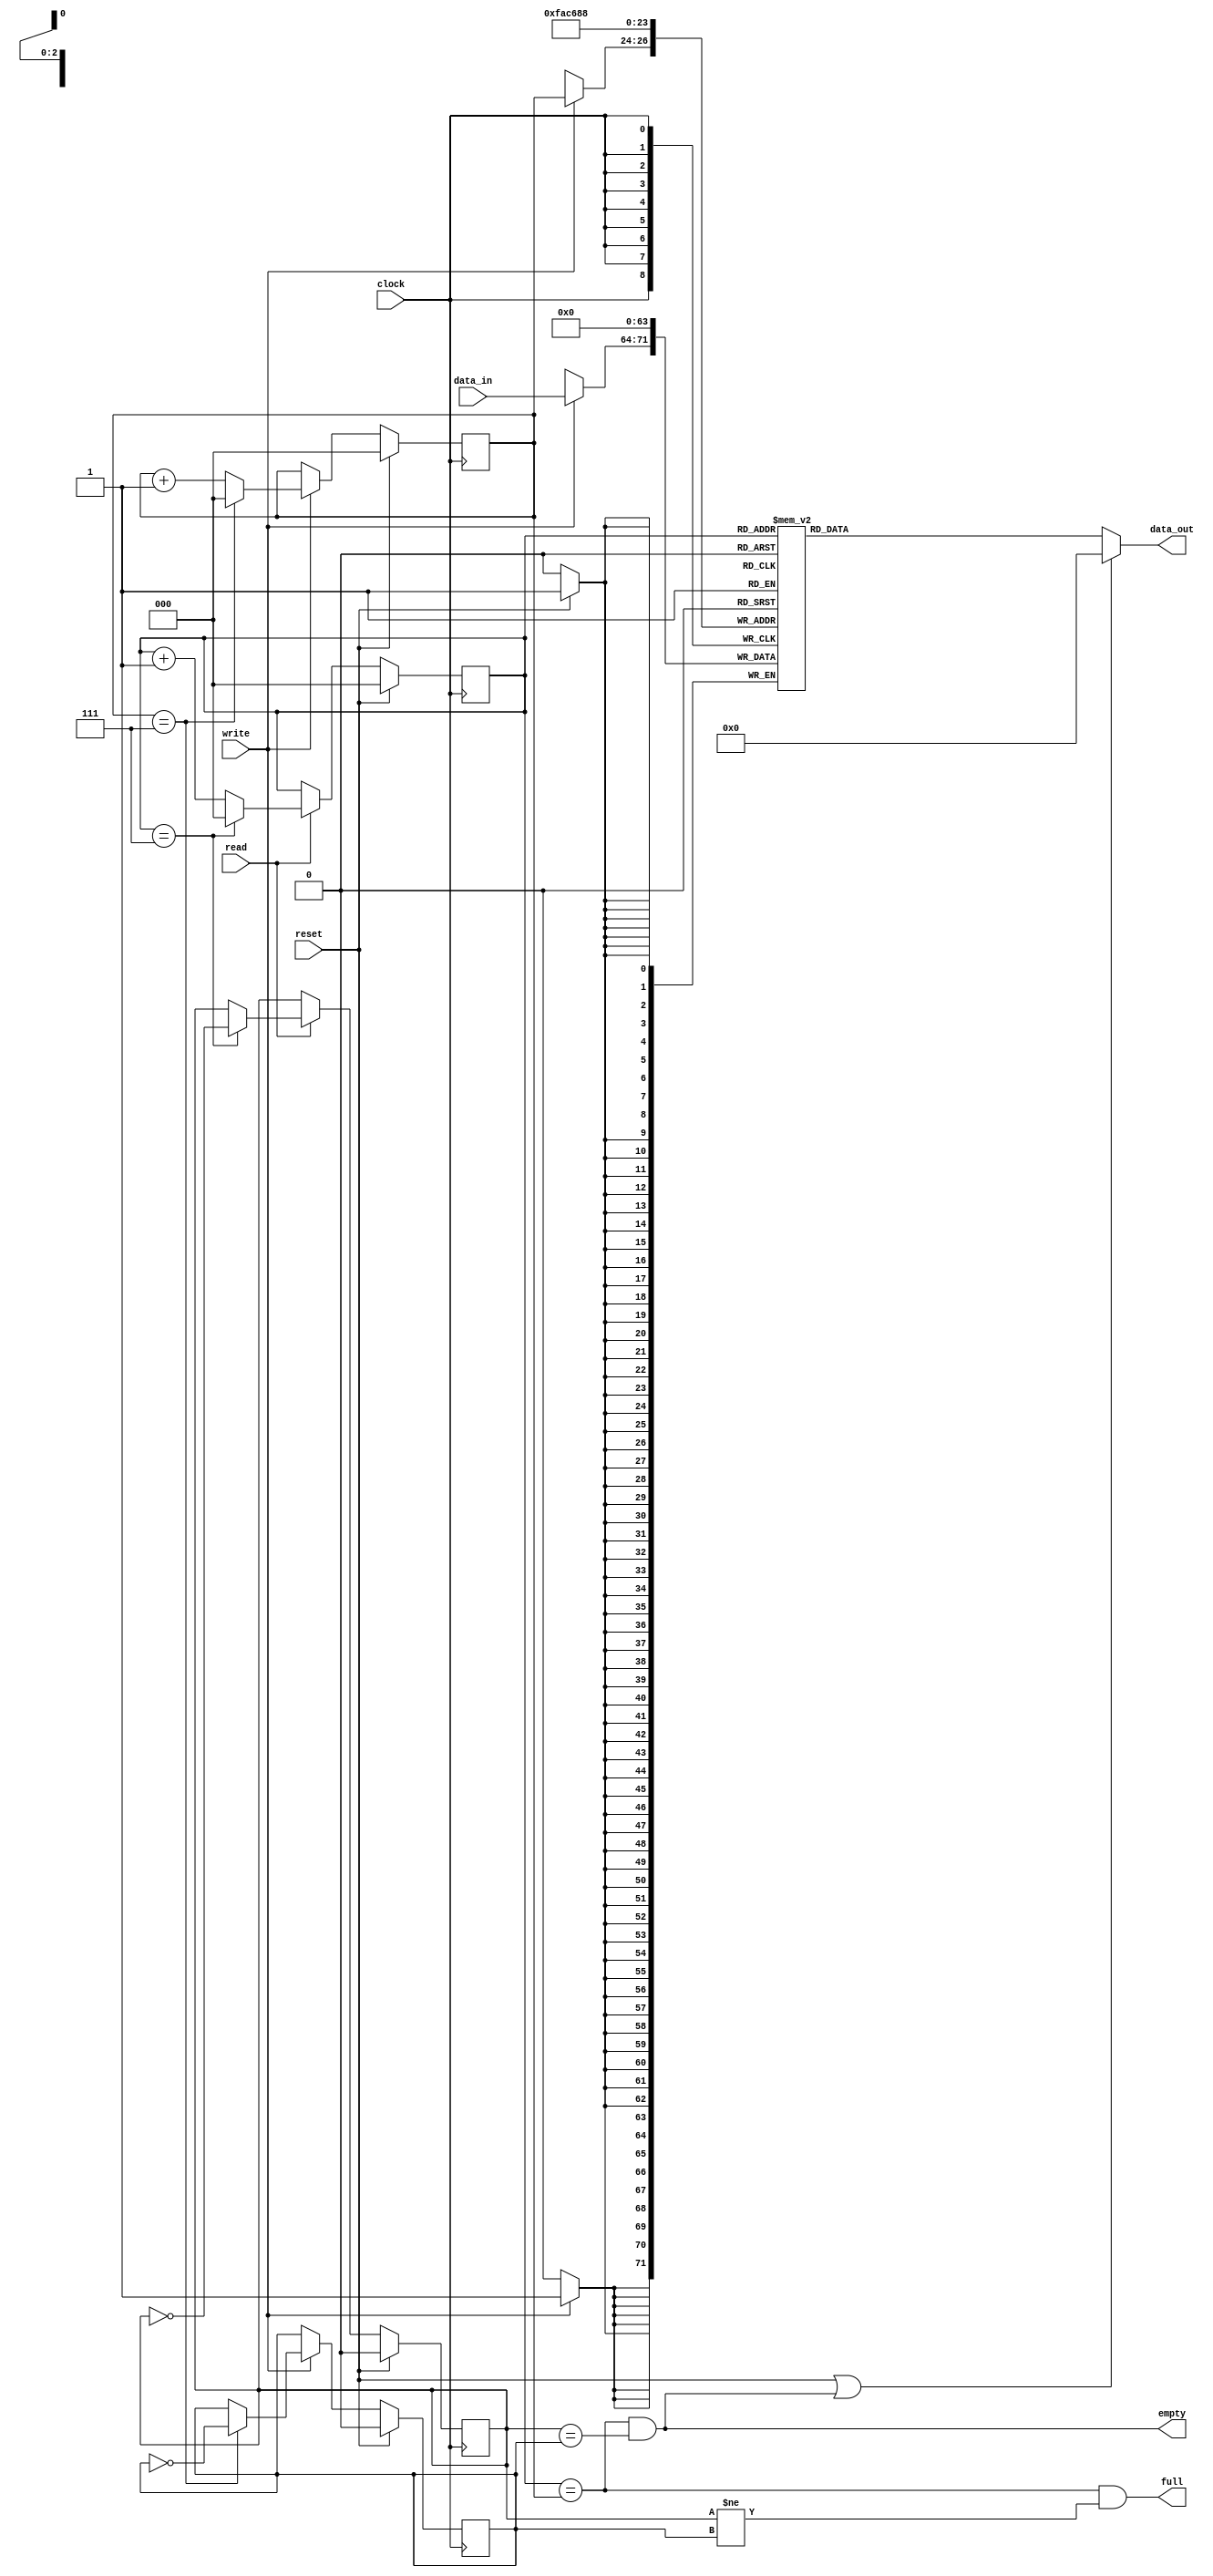
module fifo #(
parameter DATA_WIDTH = 8,
          DEPTH      = 8
)(
input clock, reset,
input read, write,
input [DATA_WIDTH-1 : 0] data_in,
output [DATA_WIDTH-1 : 0] data_out,
output empty, full
);
//Define the log2 function
function integer log2;
   input integer num;
   integer i, result;
   begin
       for (i = 0; 2 ** i < num; i = i + 1)
           result = i + 1;
       log2 = result;
   end
endfunction

localparam ADDRESS_WIDTH = log2(DEPTH);

//local variables
integer i;

reg [DATA_WIDTH-1 : 0] ram [0 : DEPTH-1];
reg [ADDRESS_WIDTH-1 : 0] read_ptr, write_ptr;
reg read_ptr_bit, write_ptr_bit;

always @(posedge clock)begin : READ_PTR
    if(reset)begin
        read_ptr     <= 0;
        read_ptr_bit <= 0;
    end
    else begin
        if(read)begin
            if(read_ptr == DEPTH-1)begin
                read_ptr     <= 0;
                read_ptr_bit <= ~read_ptr_bit;
            end
            else
                read_ptr     <= read_ptr + 1;
        end
    end
end

always @(posedge clock)begin : WRITE_PTR
    if(reset)begin
        write_ptr     <= 0;
        write_ptr_bit <= 0;
    end
    else begin
        if(write)begin
            if(write_ptr == DEPTH-1)begin
                write_ptr     <= 0;
                write_ptr_bit <= ~write_ptr_bit;
            end
            else
                write_ptr     <= write_ptr + 1;
        end
    end
end

always @(posedge clock)begin
    if(reset)
        for(i=0; i<DEPTH; i=i+1)begin
            ram[i]         <= 0;
        end
    if(write)
        ram[write_ptr] <= data_in;
end

assign empty = read_ptr == write_ptr & read_ptr_bit == write_ptr_bit;
assign full  = read_ptr == write_ptr & read_ptr_bit != write_ptr_bit;
assign data_out = (reset | empty) ? 0 : ram[read_ptr];

endmodule